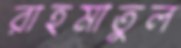
রাহমাতুল